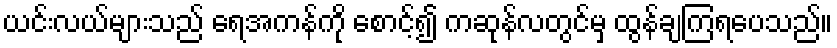
ယင်းလယ်များသည် ရေအကန်ကို စောင့်၍ ကဆုန်လတွင်မှ ထွန်ချကြရပေသည်။